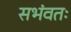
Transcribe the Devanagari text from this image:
सभंवतः